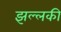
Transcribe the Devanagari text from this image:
झल्लकी